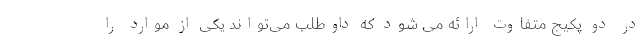
در دو پکیج متفاوت ارائه می شود که داوطلب می‌تواند یکی از موارد را